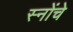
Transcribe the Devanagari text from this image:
स्नोंचे